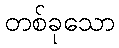
တစ်ခုသော